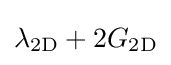
\lambda _{\mathrm {2D} }+2G_{\mathrm {2D} }